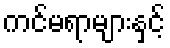
ကင်မရာများနှင့်